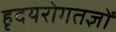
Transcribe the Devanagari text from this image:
हृदयरोगतज्ञों